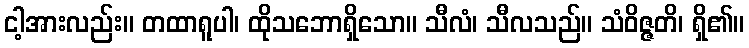
ငါ့အားလည်း။ တထာရူပါ၊ ထိုသဘောရှိသော။ သီလံ၊ သီလသည်။ သံဝိဇ္ဇတိ၊ ရှိ၏။